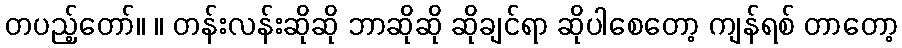
တပည့်တော်။ ။ တန်းလန်းဆိုဆို ဘာဆိုဆို ဆိုချင်ရာ ဆိုပါစေတော့ ကျန်ရစ် တာတော့